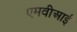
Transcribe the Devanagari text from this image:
एमवीआई